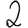
Digit: 2